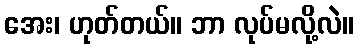
အေး၊ ဟုတ်တယ်။ ဘာ လုပ်မလို့လဲ။